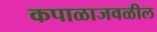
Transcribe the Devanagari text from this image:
कपाळाजवळील